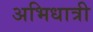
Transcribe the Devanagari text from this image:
अभिधात्री